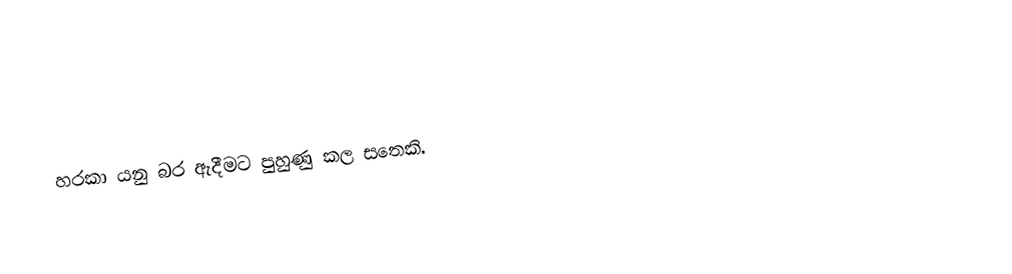
හරකා යනු බර ඇදීමට පුහුණු කල සතෙකි.